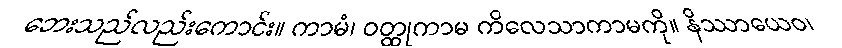
ဘေးသည်လည်းကောင်း။ ကာမံ၊ ဝတ္ထုကာမ ကိလေသာကာမကို။ နိဿာယေဝ၊